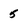
Character: 5